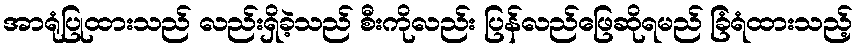
အာရုံပြုထားသည် လည်းရှိခဲ့သည် စီးကိုလည်း ပြန်လည်ဖြေဆိုရမည် ခြံရံထားသည့်